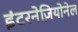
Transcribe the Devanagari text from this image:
इंटरनेज़ियोनेल